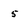
Character: 5